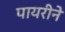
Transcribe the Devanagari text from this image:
पायरीने